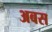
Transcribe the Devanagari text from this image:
अबस